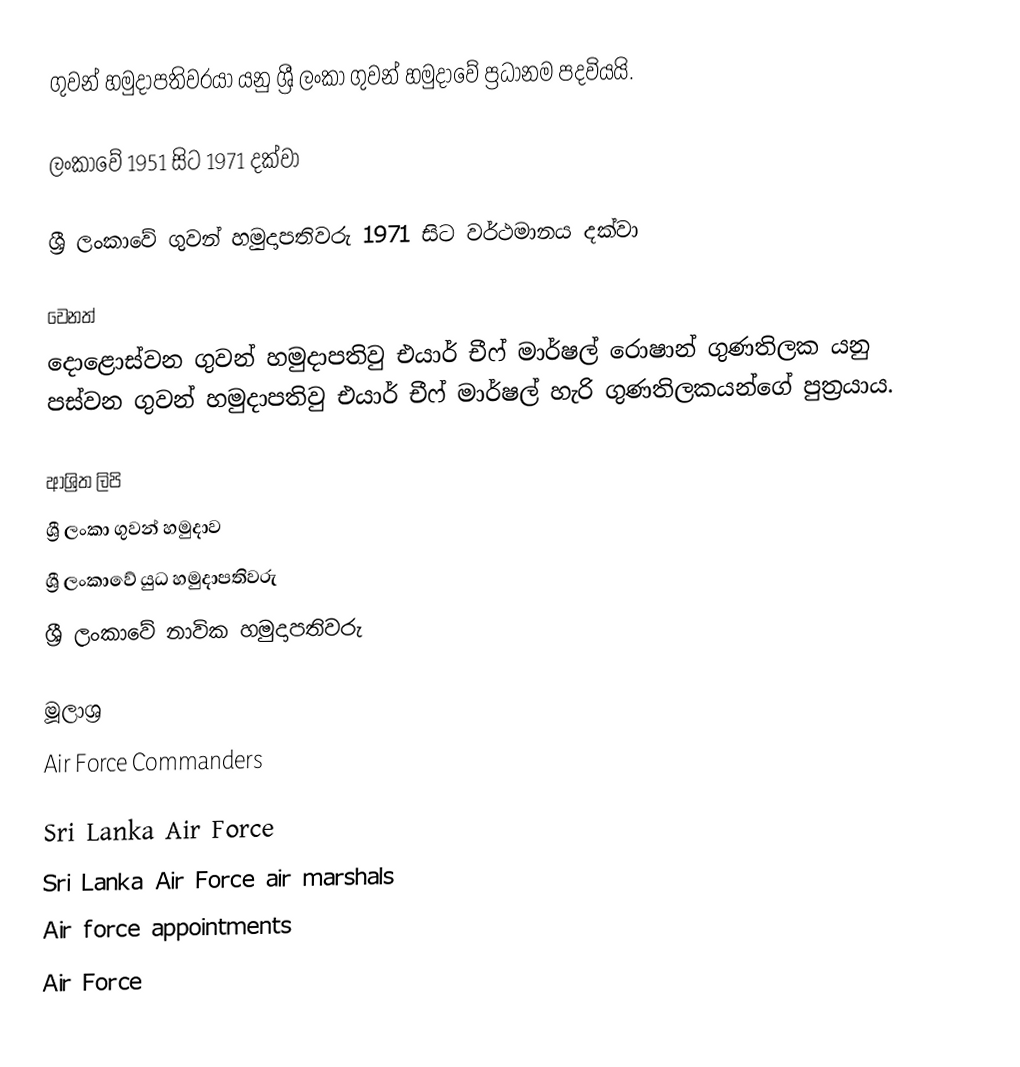
ගුවන් හමුදාපතිවරයා යනු ශ්‍රී ලංකා ගුවන් හමුදාවේ ප්‍රධානම පදවියයි.

ලංකාවේ 1951 සිට 1971 දක්වා

ශ්‍රී ලංකාවේ ගුවන් හමුදාපතිවරු 1971 සිට වර්ථමානය දක්වා

වෙනත්
 දොළොස්වන ගුවන් හමුදාපතිවු  එයාර් චීෆ් මාර්ෂල් රොෂාන් ගුණතිලක යනු පස්වන ගුවන් හමුදාපතිවු එයාර් චීෆ් මාර්ෂල් හැරි ගුණතිලකයන්ගේ පුත්‍රයාය.

ආශ්‍රිත ලිපි
 ශ්‍රී ලංකා ගුවන් හමුදාව
 ශ්‍රී ලංකාවේ යුධ හමුදාපතිවරු
 ශ්‍රී ලංකාවේ නාවික හමුදාපතිවරු

මූලාශ්‍ර
 Air Force Commanders

Sri Lanka Air Force
Sri Lanka Air Force air marshals
Air force appointments
Air Force